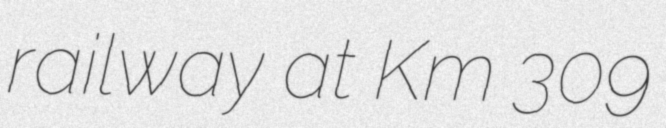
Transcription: railway at Km 309